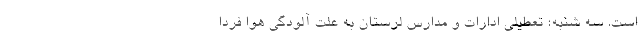
است. سه شنبه؛ تعطیلی ادارات و مدارس لرستان به علت آلودگی هوا فردا